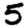
Digit: 5